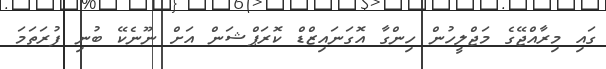
ގައި މިރާއްޖޭގެ މަޖްލީހުން ހިންގާ އޮގަނައިޒްޑް ކޮރަޕްޝަން އަށް ނޫނެކޭ ބުނި ފުރަތަމަ